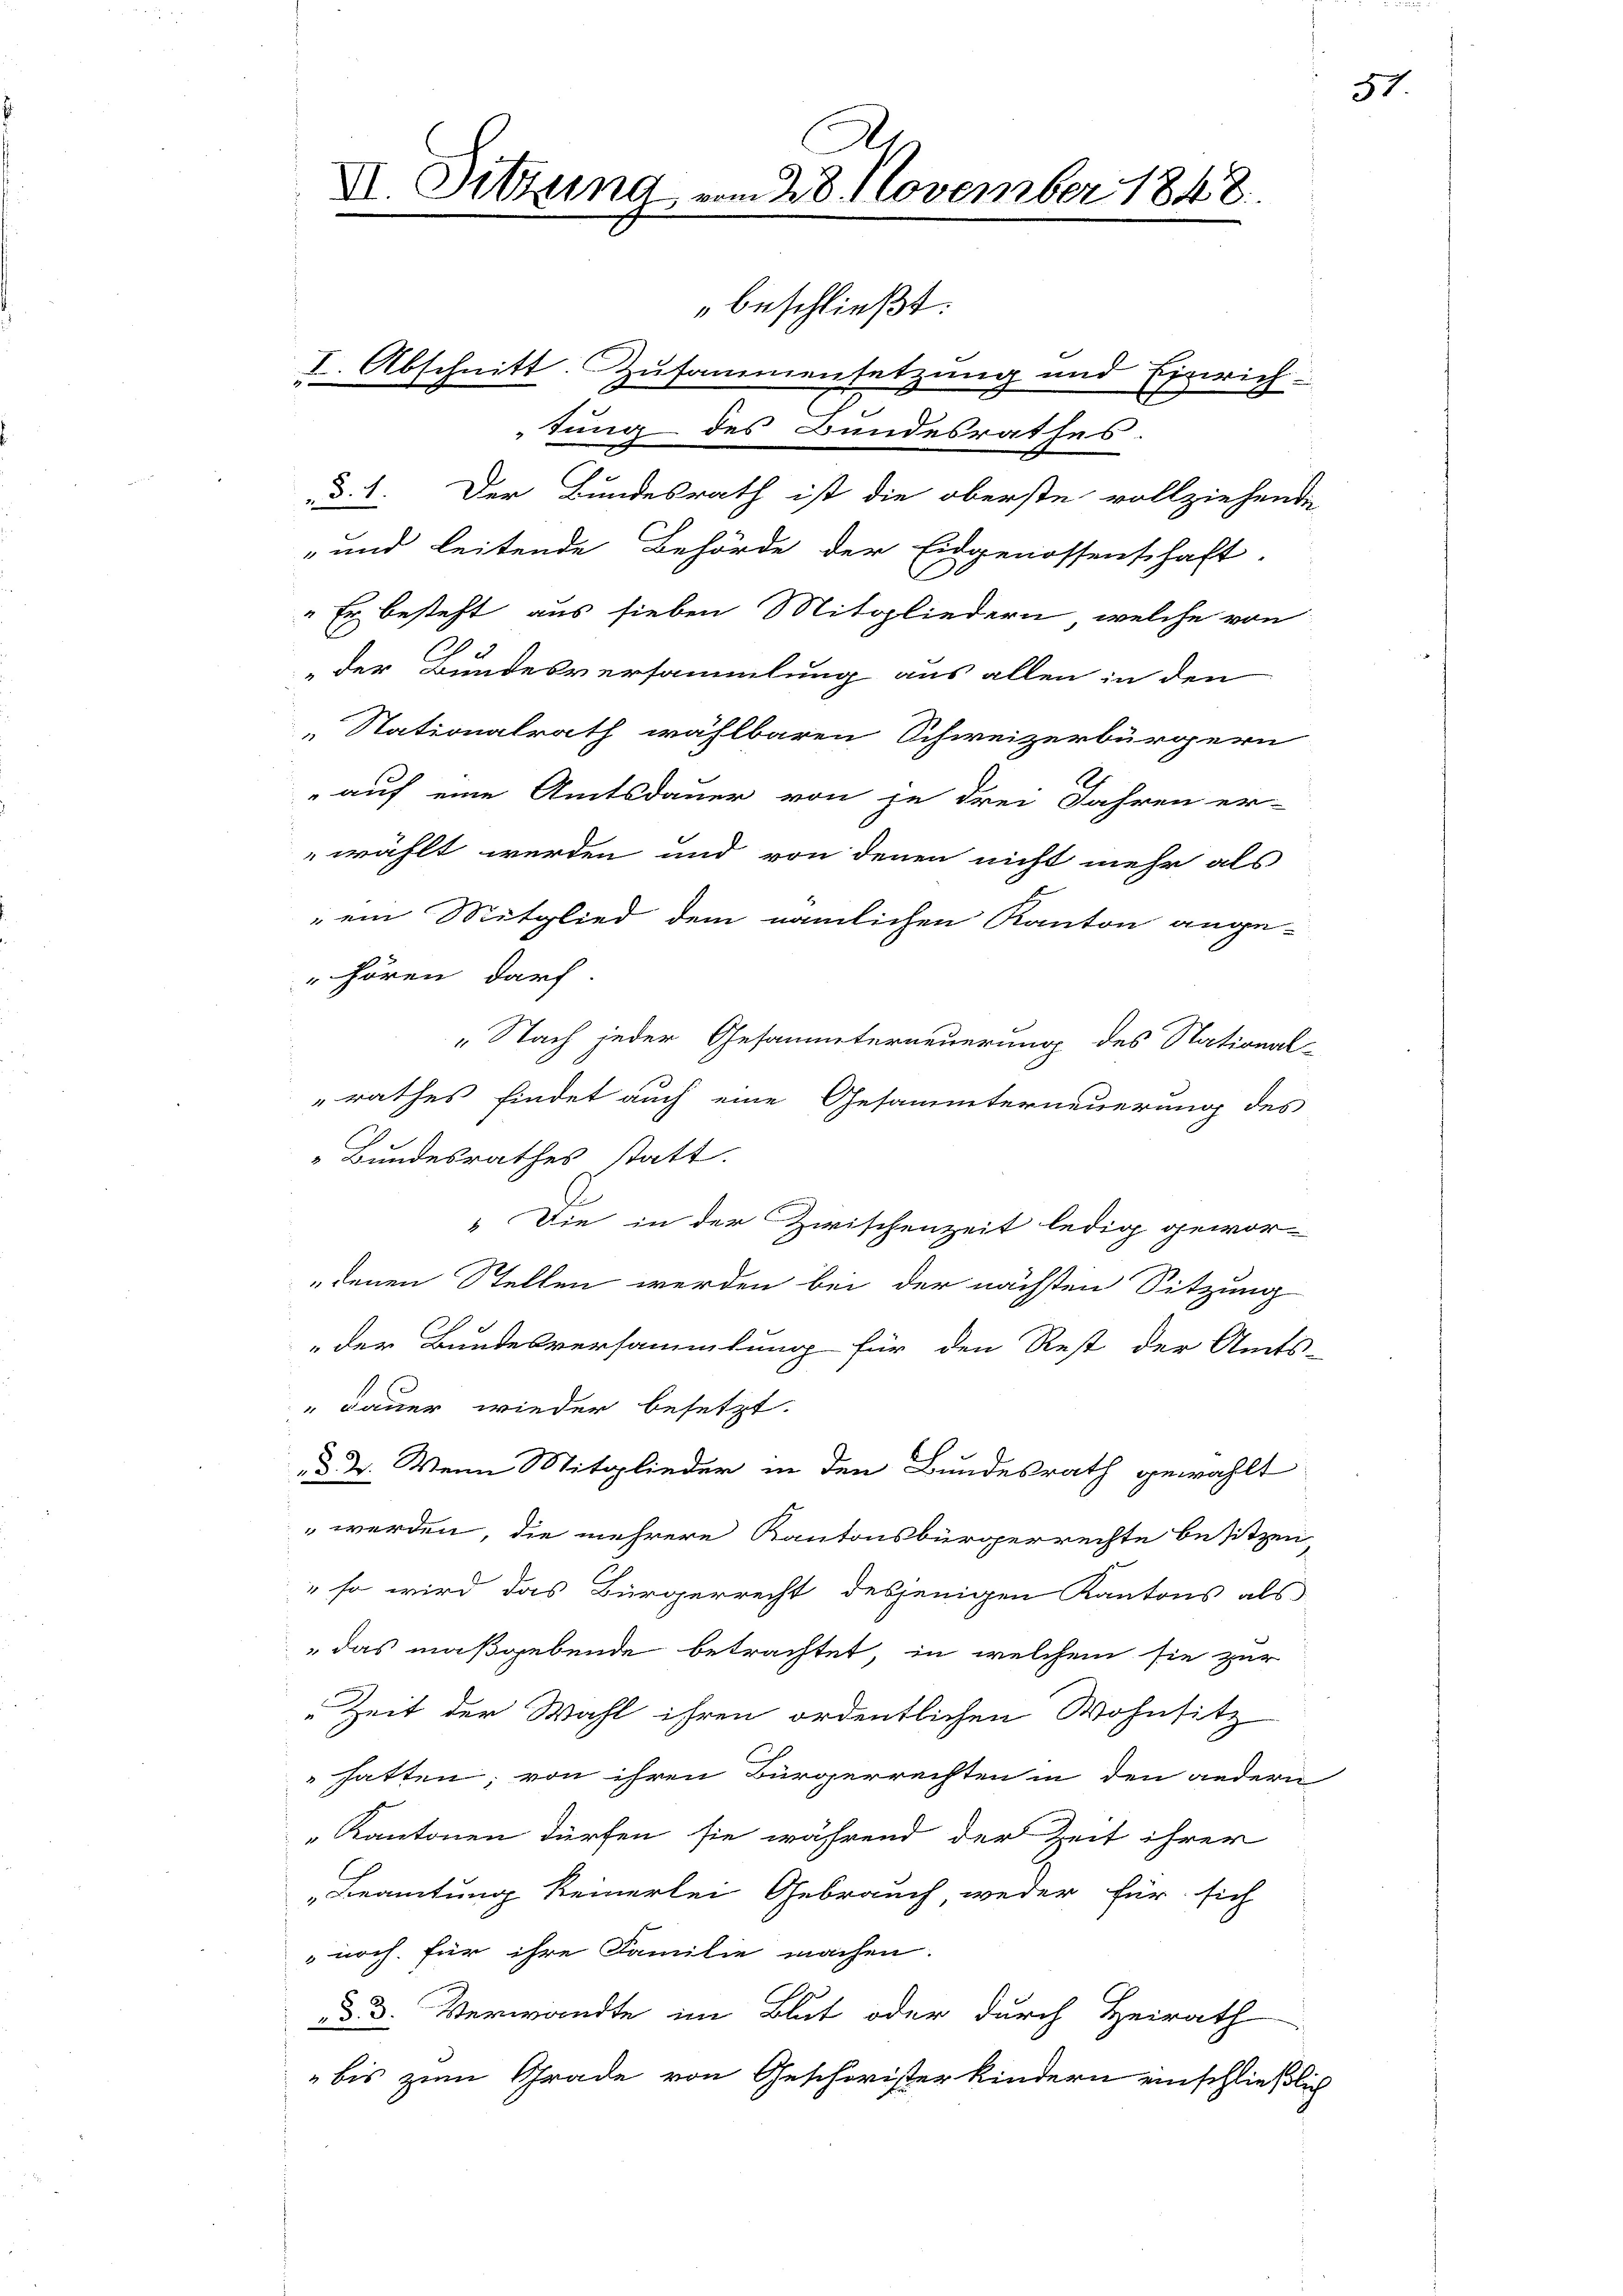
XI. Sitzung vom 28. November 1848.

beschließt:
I. Abschnitt. Zusammensetzung und Einrich-
3
tung des Bundesrathes
„§. 1. Der Bundesrath ist die oberste vollziehende
 und leitende Behörde der Eidgenossenschaft,
" Er besteht aus sieben Mitgliedern, welche von
„der Bundesversammlung aus allen in den
Nationalrath wählbaren Schweizerbürgern
auf eine Amtsdauer von je drei Jahren er-
wählt werden und von denen nicht mehr als
" ein Mitglied dem nämlichen Kanton ange-
" hören darf.
„Nach jeder Gesammterneuerung des National-
rathes findet auch eine Gesammterneuerung des
Bundesrathes statt.
" Die in der Zwischenzeit ledig gewor-
denen Stellen werden bei der nächsten Sitzung
der Bundesversammlung für den Rest der Amts-
" Dauer wieder besetzt.
d. 4. Wenn Mitglieder in den Bundesrath gewählt
werden, die mehrere Kantonsbürgerrechte besitzen,
" so wird das Bürgerrecht desjenigen Kantons als
"das maßgebende betrachtet, in welchem sie zur
"Zeit der Wahl ihren ordentlichen Wohnsitz
hatten; von ihren Bürgerrechten in den andern
„Kantonen dürfen sie während der Zeit ihrer
"Beamtung keinerlei Gebrauch weder für sich
noch für ihre Familie machen.
d. d. Verwandte im Blut oder durch Heirath
bis zum Grade von Geschwister Kindern einschließlich

51